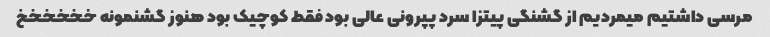
مرسی داشتیم میمردیم از گشنگی پیتزا سرد پپرونی عالی بود فقط کوچیک بود هنوز گشنمونه خخخخخخ